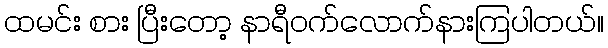
ထမင်း စား ပြီးတော့ နာရီဝက်လောက်နားကြပါတယ်။